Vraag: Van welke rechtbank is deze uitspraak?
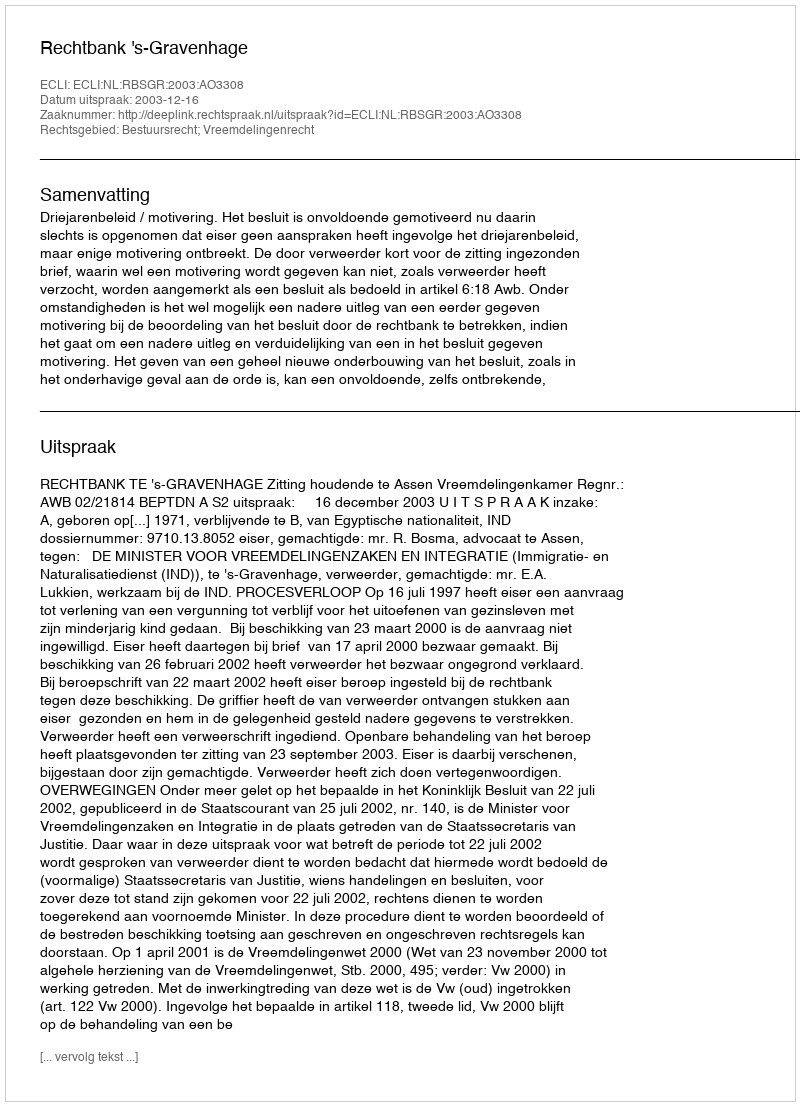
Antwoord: Rechtbank 's-Gravenhage